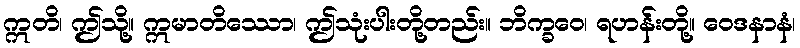
ဣတိ၊ ဤသို့။ ဣမာတိဿော၊ ဤသုံးပါးတို့တည်း။ ဘိက္ခဝေ၊ ရဟန်းတို့။ ဝေဒနာနံ၊